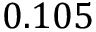
0 . 1 0 5